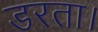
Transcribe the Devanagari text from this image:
डरता।